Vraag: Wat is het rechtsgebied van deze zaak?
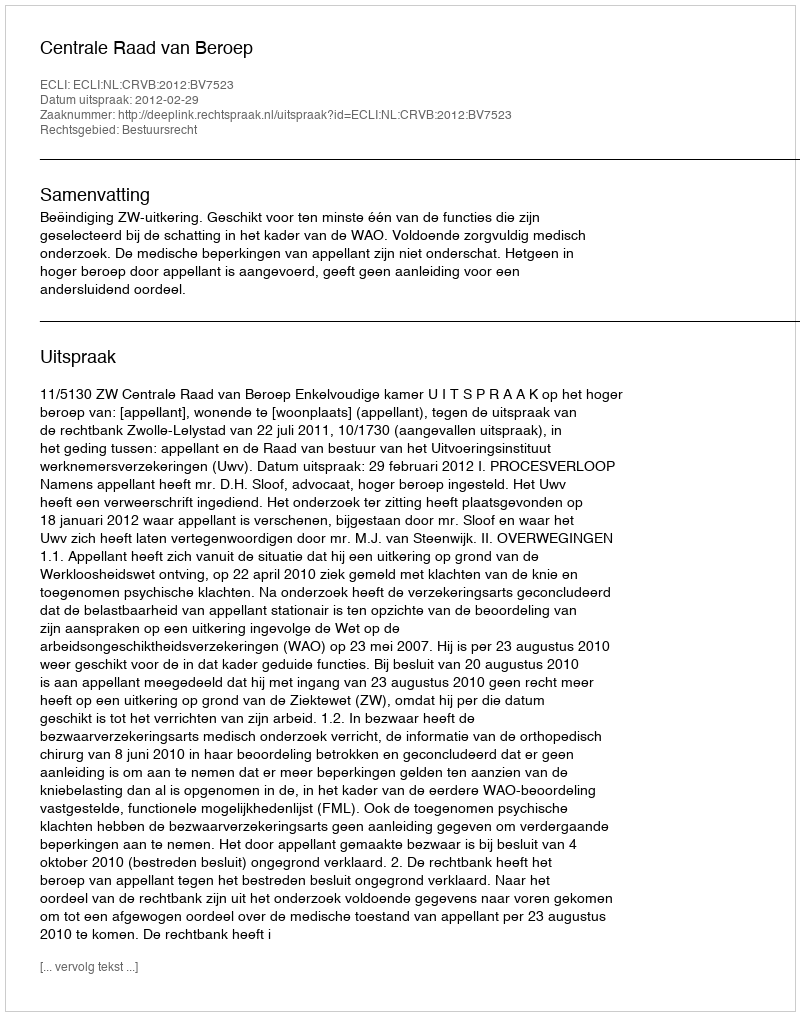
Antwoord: Bestuursrecht